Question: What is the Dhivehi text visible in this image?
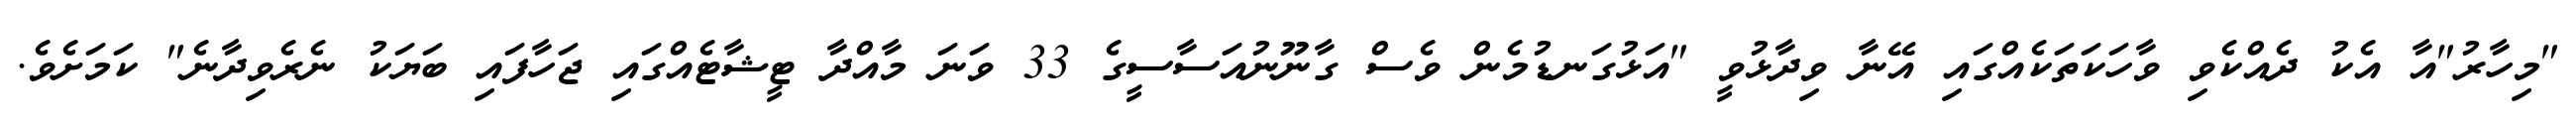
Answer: "މިހާރު"އާ އެކު ދެއްކެވި ވާހަކަތަކެއްގައި އޭނާ ވިދާޅުވީ "އަޅުގަނޑުމެން ވެސް ގާނޫނުއަސާސީގެ 33 ވަނަ މާއްދާ ޓީޝާޓެއްގައި ޖަހާފައި ބަޔަކު ނެރެވިދާނެ" ކަމަށެވެ.